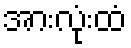
အားလုံးထံ